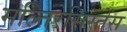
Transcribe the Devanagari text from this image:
मल्तिरेसिस्तेंस